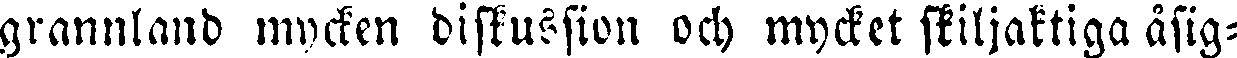
grannland mycken diskussion och mycket skiljaktiga åsig-